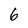
Character: 6